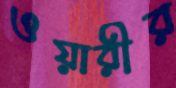
ওয়ারীর